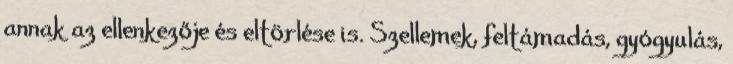
annak az ellenkezője és eltörlése is. Szellemek, feltámadás, gyógyulás,